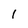
Character: 1